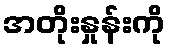
အတိုးနှုန်းကို